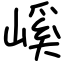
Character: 嵠